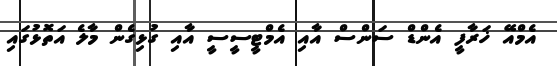
އެމްއޭ ޚަރާފީ އެންޑް ސަންސް އާއި އެމްޓީސީސީ އާއި ގުޅިގެން މާލެ އަތޮޅުގައި